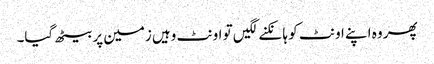
پھر وہ اپنے اونٹ کو ہانکنے لگیں تو اونٹ وہیں زمین پر بیٹھ گیا۔